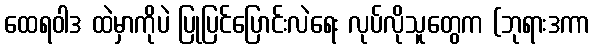
ထေရဝါဒ ထဲမှာကိုပဲ ပြုပြင်ပြောင်းလဲရေး လုပ်လိုသူတွေက (ဘုရားဒကာ